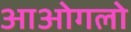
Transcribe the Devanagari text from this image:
आओगलो